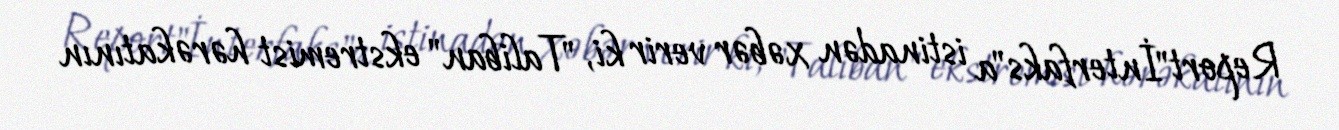
Report"İnterfaks"a istinadən xəbər verir ki, "Taliban" ekstremist hərəkatının